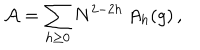
{ \cal A } = \sum _ { h \geq 0 } N ^ { 2 - 2 h } \, A _ { h } ( g ) \, ,